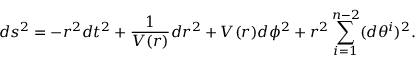
d s ^ { 2 } = - r ^ { 2 } d t ^ { 2 } + \frac { 1 } { V ( r ) } d r ^ { 2 } + V ( r ) d \phi ^ { 2 } + r ^ { 2 } \sum _ { i = 1 } ^ { n - 2 } ( d \theta ^ { i } ) ^ { 2 } .